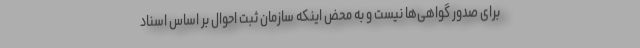
برای صدور گواهی‌ها نیست و به محض اینکه سازمان ثبت احوال بر اساس اسناد